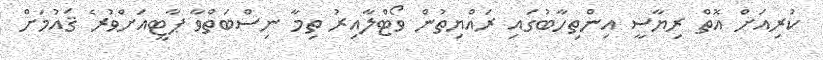
ކުރިއަށް އޮތް ރިޔާސީ އިންތިހާބުގައި ރައްޔިތުން ވޯޓްލާއިރު ތިމާ ނިސްބަތްވާ ޕާޓީއަށްވުރެ ޤައުމަށް